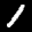
Label: 1